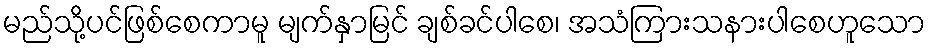
မည်သို့ပင်ဖြစ်စေကာမူ မျက်နှာမြင် ချစ်ခင်ပါစေ၊ အသံကြားသနားပါစေဟူသော